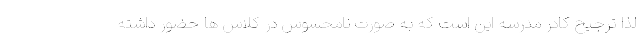
لذا ترجیح کادر مدرسه این است که به صورت نامحسوس در کلاس ها حضور داشته